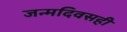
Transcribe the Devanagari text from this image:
जन्मदिवसही